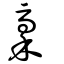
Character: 稁